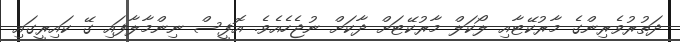
ދަތުރުވެރިންގެ މާރުކޭޓާއި ލޯކަލް މާރުކޭޓަށް ދާކަށް ނުޖެހެއެވެ. އޮފީސް ނިންމާލާފައި ގޭ ކައިރީގައި